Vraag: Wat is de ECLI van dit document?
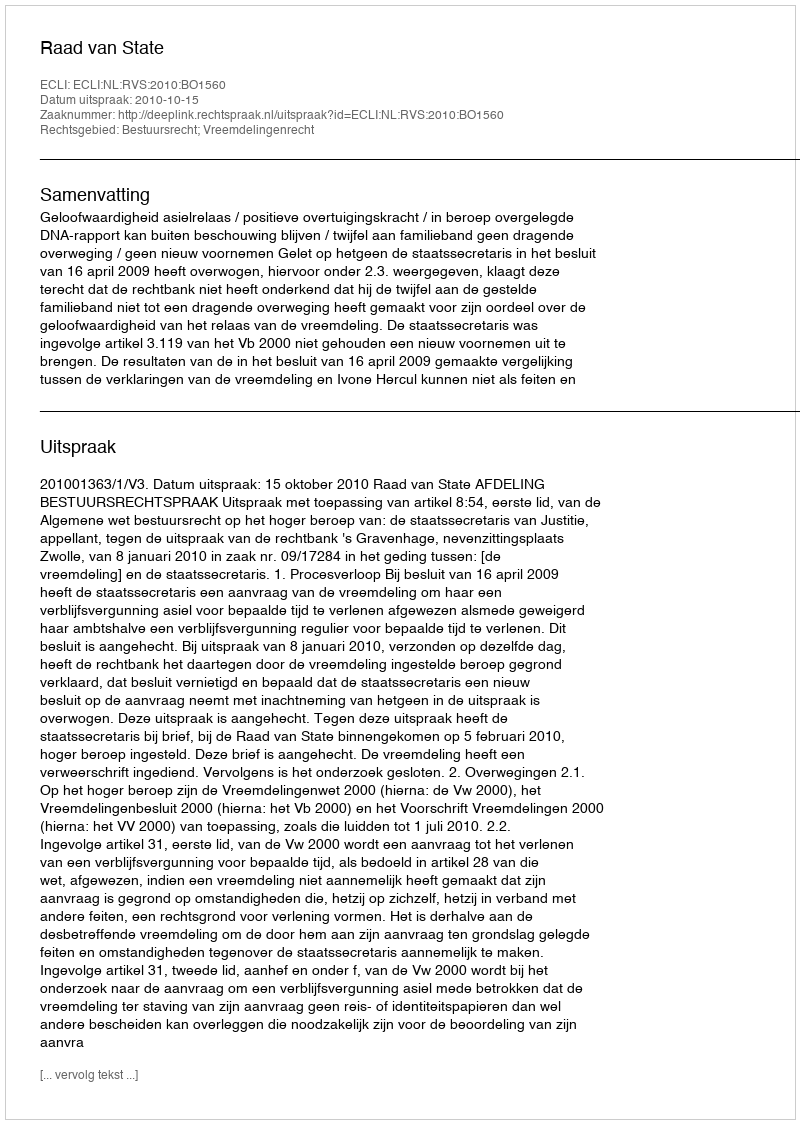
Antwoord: ECLI:NL:RVS:2010:BO1560